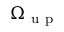
{ \Omega } _ { \mathrm { ~ u ~ p ~ } }